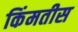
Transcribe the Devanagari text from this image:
किंमतीस